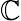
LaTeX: \boldsymbol{\mathbb{C}}